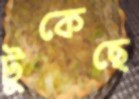
টুকেছে